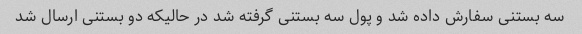
سه بستنی سفارش داده شد و پول سه بستنی گرفته شد در حالیکه دو بستنی ارسال شد